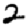
Digit: 2